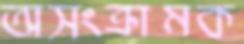
অসংক্রামক